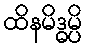
ထိနမိဒ္ဓမ္ပိ